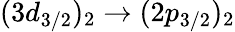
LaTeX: (3d_{3/2})_{2}\rightarrow(2p_{3/2})_{2}